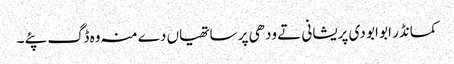
کمانڈر ابو ابو دی پریشانی تے ودھی پر ساتھیاں دے منہ وہ ڈگ پئے ۔